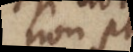
non pot